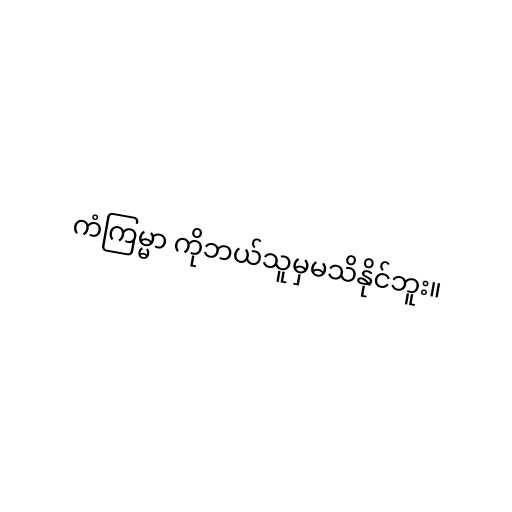
ကံကြမ္မာ ကိုဘယ်သူမှမသိနိုင်ဘူး။